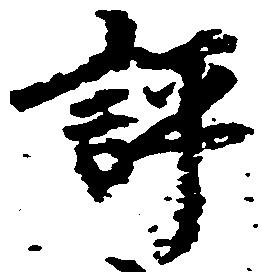
評